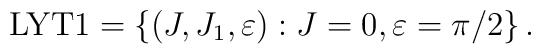
{\rm LYT1}= \left\{ (J,J_1,\varepsilon) : J=0,\varepsilon=\pi/2\right\}.